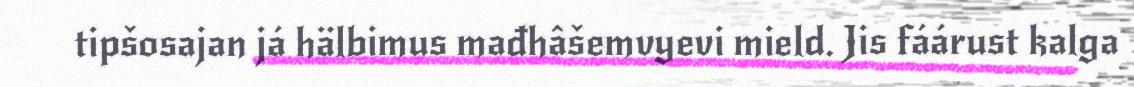
tipšosajan já hälbimus mađhâšemvyevi mield. Jis fáárust kalga